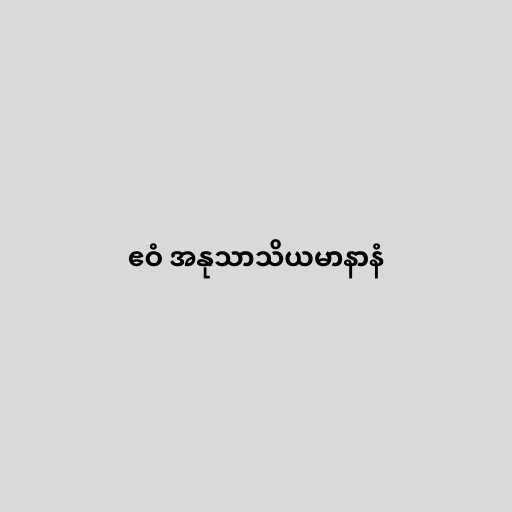
ဧဝံ အနုသာသိယမာနာနံ